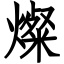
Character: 燦